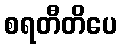
စရတီတိပေ